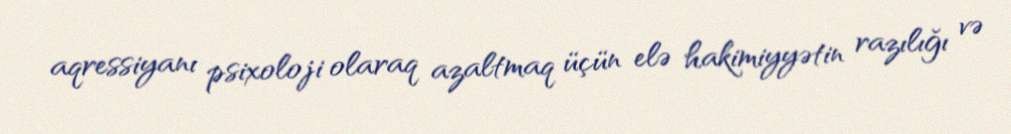
aqressiyanı psixoloji olaraq azaltmaq üçün elə hakimiyyətin razılığı və